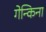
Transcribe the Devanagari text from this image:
गेन्किना